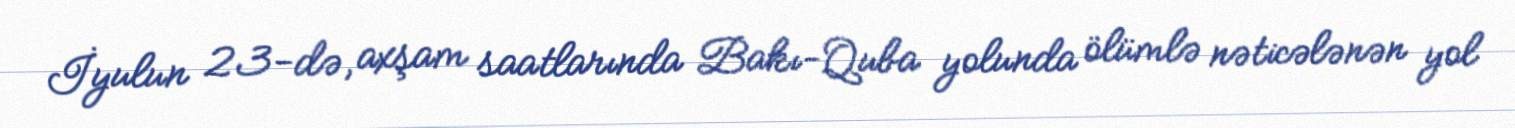
İyulun 23-də, axşam saatlarında Bakı-Quba yolunda ölümlə nəticələnən yol